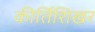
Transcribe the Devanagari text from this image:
कीर्तिशिखर